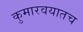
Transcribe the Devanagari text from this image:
कुमारवयातच